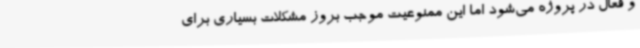
و فعال در پروژه می‌شود اما این ممنوعیت موجب بروز مشکلات بسیاری برای